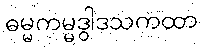
ဓမ္မကမ္မဒွါဒသကထာ